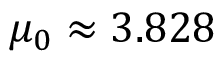
\mu _ { 0 } \approx 3 . 8 2 8